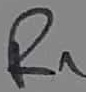
Text: R1